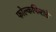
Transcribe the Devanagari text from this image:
फोल्कफिरांडे